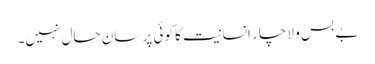
بے بس و لا چار انسانیت کا کوئی پر سان حال نہیں۔